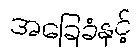
အခြေခံနှင့်